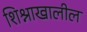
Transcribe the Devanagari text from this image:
शिश्नाखालील